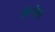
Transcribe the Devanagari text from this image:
बिनोला